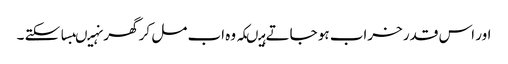
اور اس قدر خراب ہو جاتے ہیںکہ وہ اب مل کر گھر نہیںبسا سکتے ۔